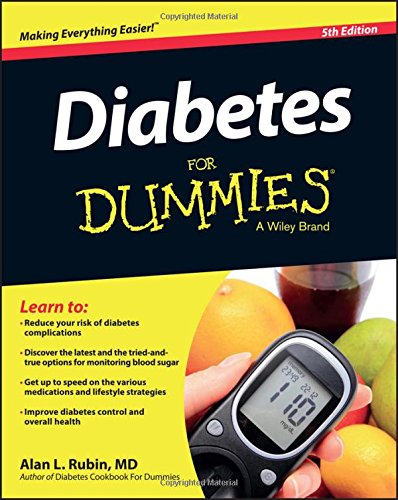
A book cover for Diabetes For Dummies; Alan L. Rubin; Health, Fitness & Dieting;